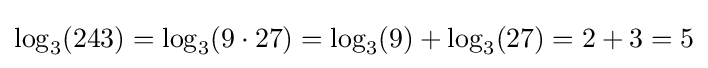
\log _{3}(243)=\log _{3}(9\cdot 27)=\log _{3}(9)+\log _{3}(27)=2+3=5